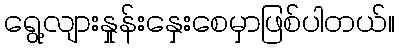
ရွေ့လျားနှုန်းနှေးစေမှာဖြစ်ပါတယ်။